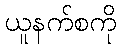
ယူနက်စကို